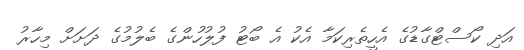
އަދި ކޯސްޓްގާޑުގެ އެހީތެރިކަމާ އެކު އެ ބޯޓު ފުލުހުންގެ ބެލުމުގެ ދަށަށް މިހާރު